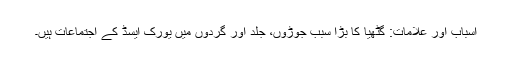
اسباب اور علامات: گٹھیا کا بڑا سبب جوڑوں، جلد اور گردوں میں یورک ایسڈ کے اجتماعات ہیں۔